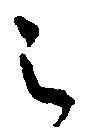
之